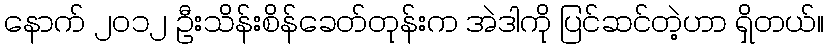
နောက် ၂၀၁၂ ဦးသိန်းစိန်ခေတ်တုန်းက အဲဒါကို ပြင်ဆင်တဲ့ဟာ ရှိတယ်။